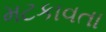
મટકાવતા